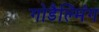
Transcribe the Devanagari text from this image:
गोडैल्मिंग